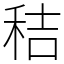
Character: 秸